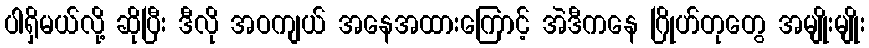
ပါရှိမယ်လို့ ဆိုပြီး ဒီလို အဝကျယ် အနေအထားကြောင့် အဲဒီကနေ ဂြိုဟ်တုတွေ အမျိုးမျိုး